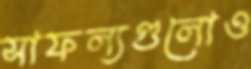
সাফল্যগুলোও